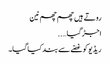
روتے ہیں چھم چھم نین
اجڑ گیا…..
ریڈیو کو غصّے سے بند کیا گیا۔